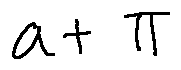
a + \pi